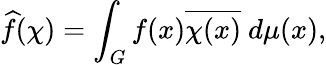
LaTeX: {\widehat{f}}(\chi)=\int_{G}f(x){\overline{{\chi(x)}}}\ d\mu(x),